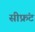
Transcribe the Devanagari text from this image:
सीफ्रंट